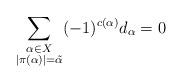
LaTeX: \begin{align*} \sum_{\substack{\alpha\in X\\|\pi(\alpha)| = \tilde\alpha}} (-1)^{c(\alpha)} d_{\alpha} = 0 \end{align*}